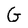
Character: G